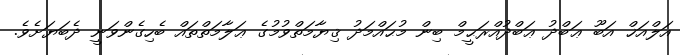
އަލްއަޚް އަބޫ ޢަބްދު ޢަބްދުއްރަޙީމް ބިން މުޙައްމަދު ޤިޔާމަތްވުމުގެ ޢަލާމަތްތައް ބެހިގެންވަނީ ދެބަޔަށެވެ.